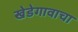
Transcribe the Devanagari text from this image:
खेडेगावाचा